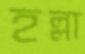
হল্লা